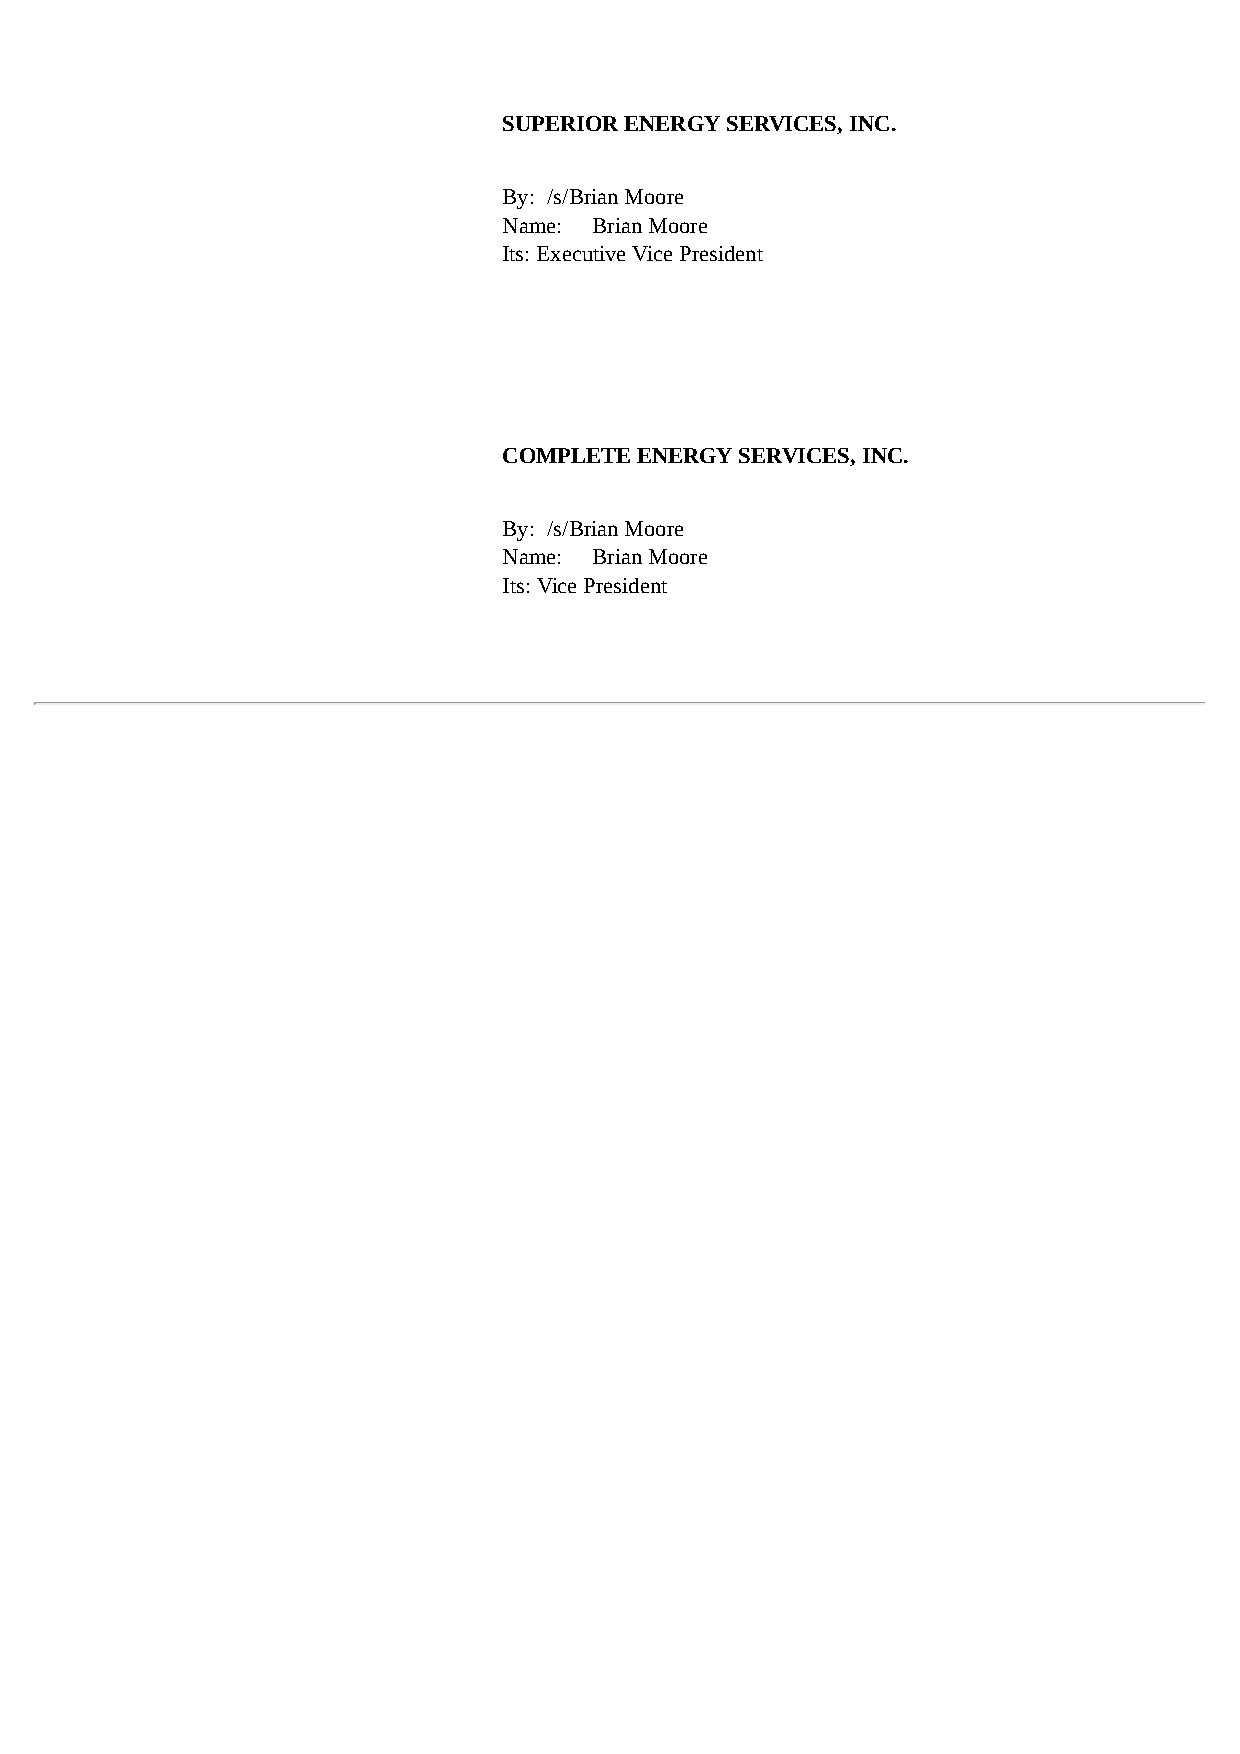
SUPERIOR ENERGY SERVICES, INC.
 By: /s/Brian Moore
 Name: Brian Moore
 Its: Executive Vice President
 COMPLETE ENERGY SERVICES, INC.
 By: /s/Brian Moore
 Name: Brian Moore
 Its: Vice President